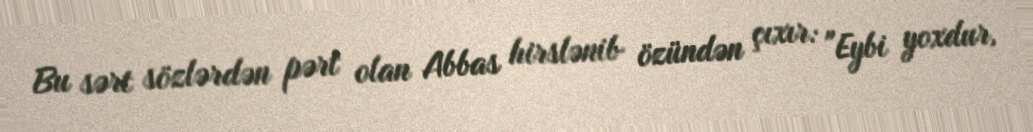
Bu sərt sözlərdən pərt olan Abbas hirslənib özündən çıxır: "Eybi yoxdur,